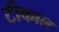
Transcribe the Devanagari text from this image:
टीकाल